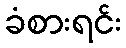
ခံစားရင်း